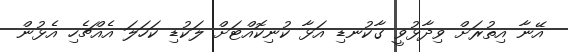
އޭނާ އިތުރަށް ވިދާޅުވީ ގާކުނޑި އަޅާ ކުނިކޮއްޓަށް ލަކުޑި ކަހަލަ އެއްޗެހި އެޅުން